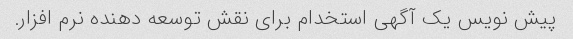
پیش نویس یک آگهی استخدام برای نقش توسعه دهنده نرم افزار.